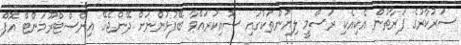
ސަރުކާރުގެ ފަރާތުން އެކިއެކި ރަސްމީ ލިޔުންތަކުގައި ސޮއިކުރައްވާ ބޭފުޅުންނަށް ދޭންޖެހޭ އިންސްޓްރޫމަންޓް އޮފް